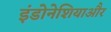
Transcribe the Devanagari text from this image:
इंडोनेशियाऔर